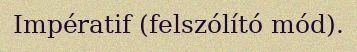
Impératif (felszólító mód).